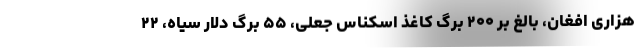
هزاری افغان، بالغ بر ۲۰۰ برگ کاغذ اسکناس جعلی، ۵۵ برگ دلار سیاه، ۲۲